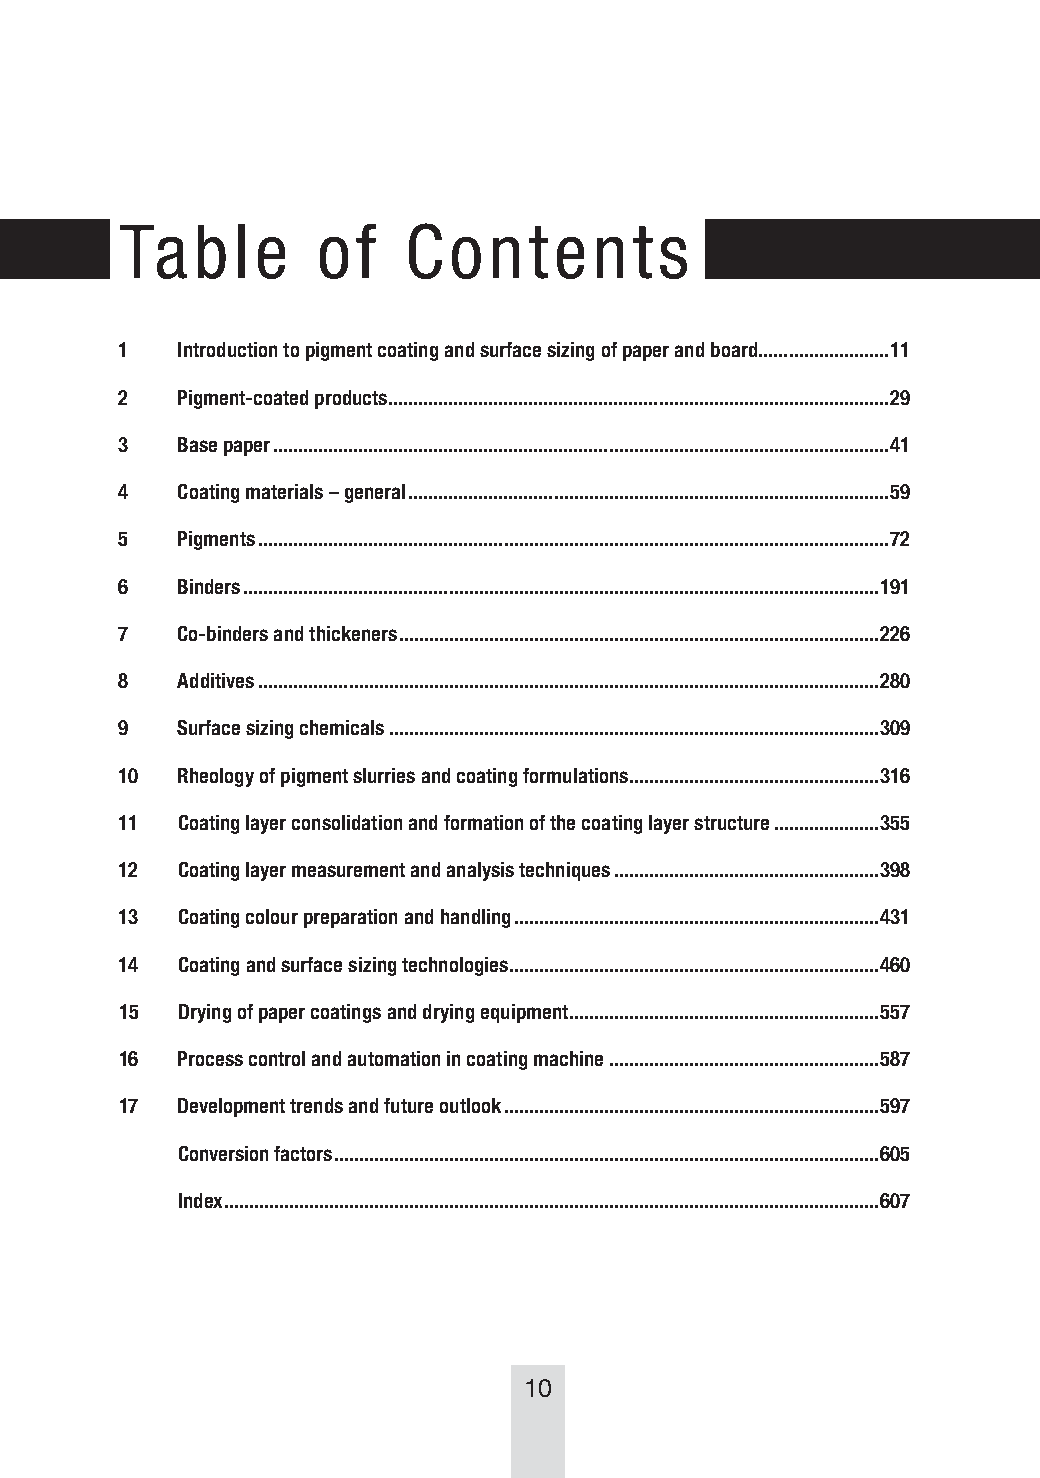
Table        of    Contents
 1   Introduction to pigment coating and surface sizing of paper and board ..........................11
 2   Pigment-coated products ....................................................................................................29
 3   Base paper ...........................................................................................................................41
 4   Coating materials – general ................................................................................................59
 5   Pigments ..............................................................................................................................72
 6   Binders ...............................................................................................................................191
 7   Co-binders and thickeners ................................................................................................226
 8   Additives ............................................................................................................................280
 9   Surface sizing chemicals ..................................................................................................309
 10  Rheology of pigment slurries and coating formulations ..................................................316
 11  Coating layer consolidation and formation of the coating layer structure .....................355
 12  Coating layer measurement and analysis techniques .....................................................398
 13  Coating colour preparation and handling .........................................................................431
 14  Coating and surface sizing technologies ..........................................................................460
 15  Drying of paper coatings and drying equipment ..............................................................557
 16  Process control and automation in coating machine ......................................................587
 17  Development trends and future outlook ...........................................................................597
 Conversion factors .............................................................................................................605
 Index ...................................................................................................................................607
 10